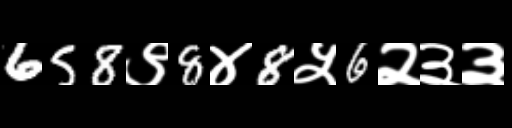
Text: 658९8४8५6२३३